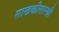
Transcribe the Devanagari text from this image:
साखळीसारखी